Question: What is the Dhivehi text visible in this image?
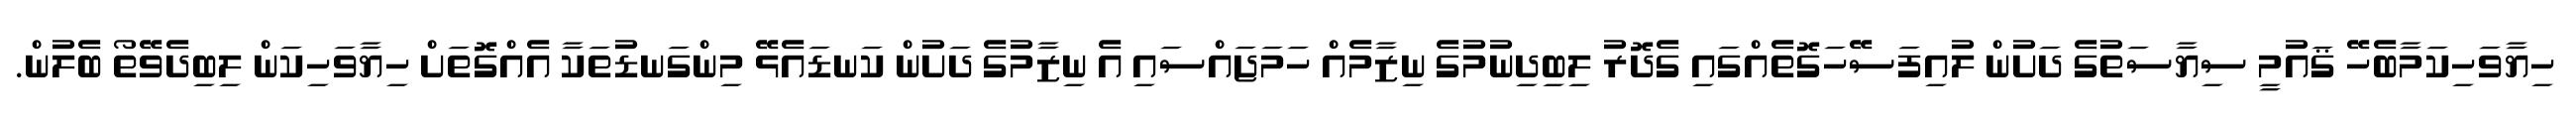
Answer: ހިޔާވަހިކަމާބެހޭ ޤައުމީ ސިޔާސަތުގެ ދަށުން ލުއިފަސޭހަގޮތެއްގައި ގެދޮރު ލިބިދިނުމުގެ ނިޒާމެއް ހަމަޖައްސައި އެ ނިޒާމުގެ ދަށުން ކަނޑައެޅޭ މިންގަނޑުތަކާ އެއްގޮތަށް ހިޔާވަހިކަން ލިބިދެވޭތޯ ބެލުން.